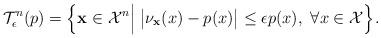
LaTeX: \begin{align*}\mathcal{T}_\epsilon^{n}(p)=\Big\{\mathbf{x}\in\mathcal{X}^n\Big|\mspace{5mu}\big|\nu_{\mathbf{x}}(x)-p(x)\big|\leq\epsilon p(x),\ \forall x\in\mathcal{X}\Big\}.\end{align*}